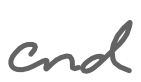
Text: and
Cross-out: clean
Writing tool: digital_gray